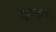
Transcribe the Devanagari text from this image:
क्रूसमूर्ति